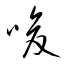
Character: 唆